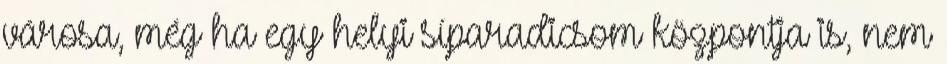
városa, még ha egy helyi síparadicsom központja is, nem